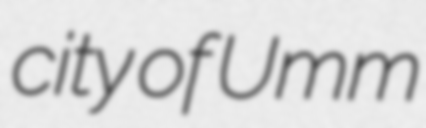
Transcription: city of Umm